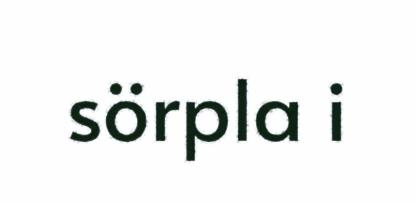
sörpla i